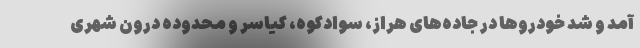
آمد و شد خودرو‌ها در جاده‌های هراز، سوادکوه، کیاسر و محدوده درون شهری